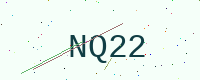
Text: NQ22